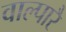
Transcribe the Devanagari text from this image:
वाल्पारै